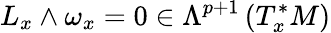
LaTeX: L_{x}\wedge\omega_{x}=0\in\Lambda^{p+1}\left(T_{x}^{*}M\right)